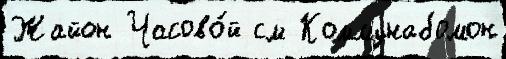
Жайон Часово́й см Коммунабомон